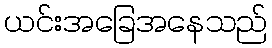
ယင်းအခြေအနေသည်